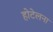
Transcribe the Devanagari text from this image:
होटेलना